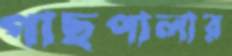
গাছপালার